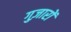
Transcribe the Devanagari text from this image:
गुज़ारों